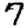
Digit: 7